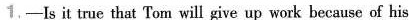
1.-Is it true that Tom will give up work because of his